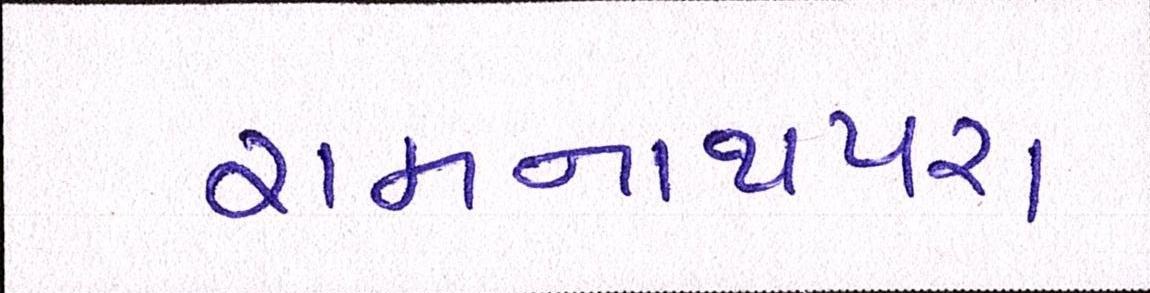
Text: રામનાથપરા